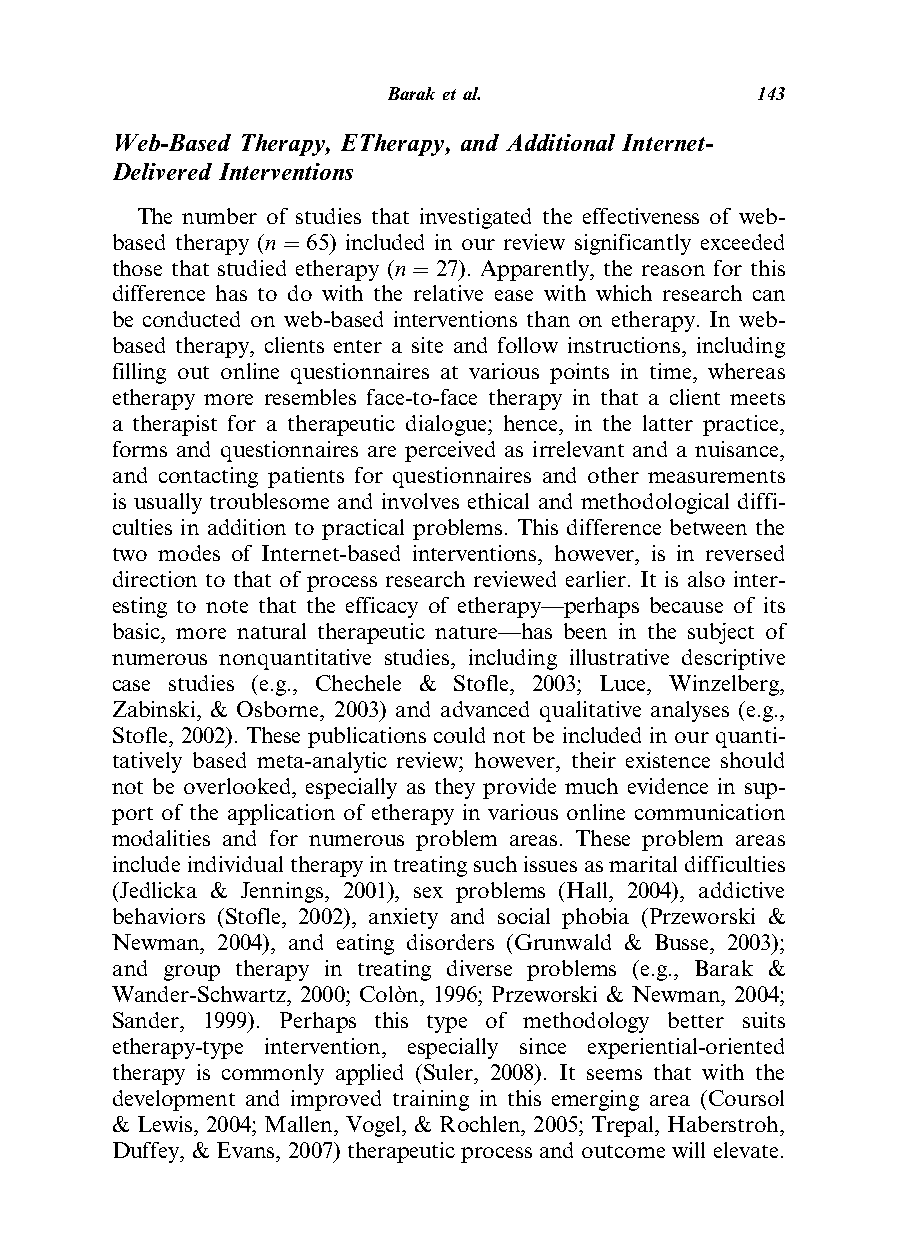
Barak etal.             143
 Web-Based Therapy, ETherapy, and Additional Internet-
 Delivered Interventions
 The number of studies that investigated the effectiveness of web-
 based therapy (n ¼ 65) included in our review significantly exceeded
 those that studied etherapy (n¼ 27). Apparently, the reason for this
 difference has to do with the relative ease with which research can
 be conducted on web-based interventions than on etherapy. In web-
 based therapy, clients enter a site and follow instructions, including
 filling out online questionnaires at various points in time, whereas
 etherapy more resembles face-to-face therapy in that a client meets
 a therapist for a therapeutic dialogue; hence, in the latter practice,
 forms and questionnaires are perceived as irrelevant and a nuisance,
 and contacting patients for questionnaires and other measurements
 is usually troublesome and involves ethical and methodological diffi-
 culties in addition to practical problems. This difference between the
 two modes of Internet-based interventions, however, is in reversed
 direction to that of process research reviewed earlier. It is also inter-
 esting to note that the efficacy of etherapy—perhaps because of its
 basic, more natural therapeutic nature—has been in the subject of
 numerous nonquantitative studies, including illustrative descriptive
 case studies (e.g., Chechele & Stofle, 2003; Luce, Winzelberg,
 Zabinski, & Osborne, 2003) and advanced qualitative analyses (e.g.,
 Stofle, 2002). These publications could not be included in our quanti-
 tatively based meta-analytic review; however, their existence should
 not be overlooked, especially as they provide much evidence in sup-
 port of the application of etherapy in various online communication
 modalities and for numerous problem areas. These problem areas
 includeindividualtherapyintreatingsuchissuesasmaritaldifficulties
 (Jedlicka & Jennings, 2001), sex problems (Hall, 2004), addictive
 behaviors (Stofle, 2002), anxiety and social phobia (Przeworski &
 Newman, 2004), and eating disorders (Grunwald & Busse, 2003);
 and group therapy in treating diverse problems (e.g., Barak &
 Wander-Schwartz, 2000; Colo`n, 1996; Przeworski & Newman, 2004;
 Sander, 1999). Perhaps this type of methodology better suits
 etherapy-type intervention, especially since experiential-oriented
 therapy is commonly applied (Suler, 2008). It seems that with the
 development and improved training in this emerging area (Coursol
 & Lewis, 2004; Mallen, Vogel, & Rochlen, 2005; Trepal, Haberstroh,
 Duffey, & Evans, 2007) therapeutic process and outcome will elevate.